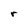
Character: r